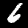
Digit: 6